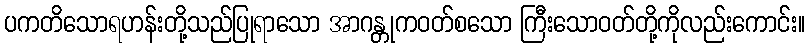
ပကတိသောရဟန်းတို့သည်ပြုရာသော အာဂန္တုကဝတ်စသော ကြီးသောဝတ်တို့ကိုလည်းကောင်း။